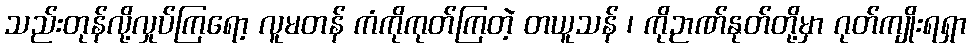
သည်းတုန်လို့လှုပ်ကြရော့ လူမတန် ကံကိုကုတ်ကြတဲ့ တယူသန် ၊ ကိုဉာဏ်နုတ်တို့မှာ ဂုတ်ကျိုးရရှာ